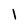
Character: 1